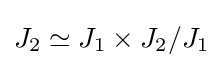
J_{2}\simeq J_{1}\times J_{2}/J_{1}